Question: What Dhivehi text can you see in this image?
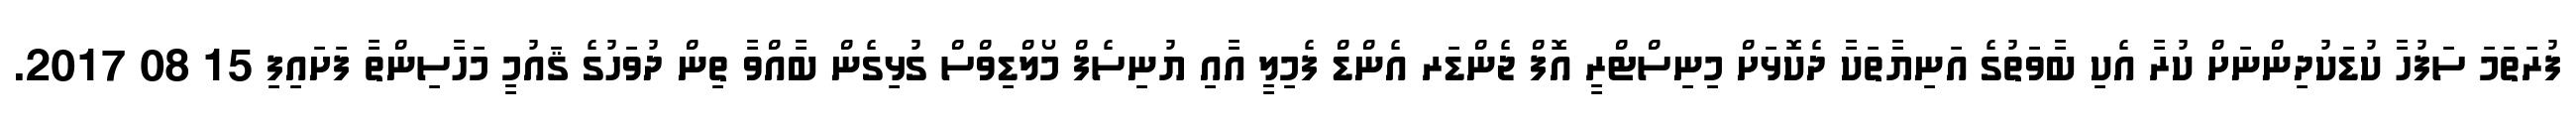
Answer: ފުރަތަމަ ސަފުހާ ކުޑަކުދިންނަށް ކުރާ އެކި ބާވަތުގެ އަނިޔާތަކާ ދެކޮޅަށް މިނިސްޓްރީ އޮފް ޖެންޑަރ އެންޑް ފެމިލީ އާއި ޔުނިސެފް މޯލްޑިވްސް ގުޅިގެން ބާއްވާ ތިން ދުވަހުގެ ޤައުމީ މަހާސިންތާ ފަށައިފި 15 08 2017.